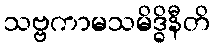
သဗ္ဗကာမသမိဒ္ဓိနီတိ